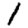
Digit: 1